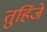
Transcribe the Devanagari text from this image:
तुहिंजे